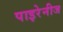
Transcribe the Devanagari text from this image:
पाइरेनीज